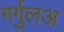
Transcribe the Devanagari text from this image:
गर्गुलअ